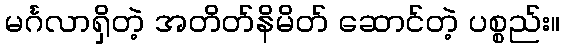
မင်္ဂလာရှိတဲ့ အတိတ်နိမိတ် ဆောင်တဲ့ ပစ္စည်း။